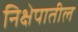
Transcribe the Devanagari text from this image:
निक्षेपातील